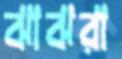
ঝাঝরা